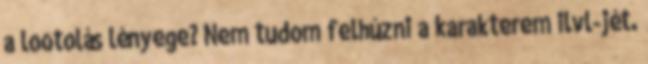
a lootolás lényege? Nem tudom felhúzni a karakterem ilvl-jét.